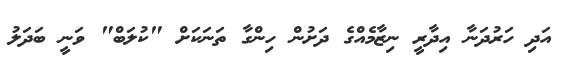
އަދި ހަރުދަނާ އިދާރީ ނިޒާމެއްގެ ދަށުން ހިންގާ ތަނަކަށް "ކުލަބް" ވަނީ ބަދަލު